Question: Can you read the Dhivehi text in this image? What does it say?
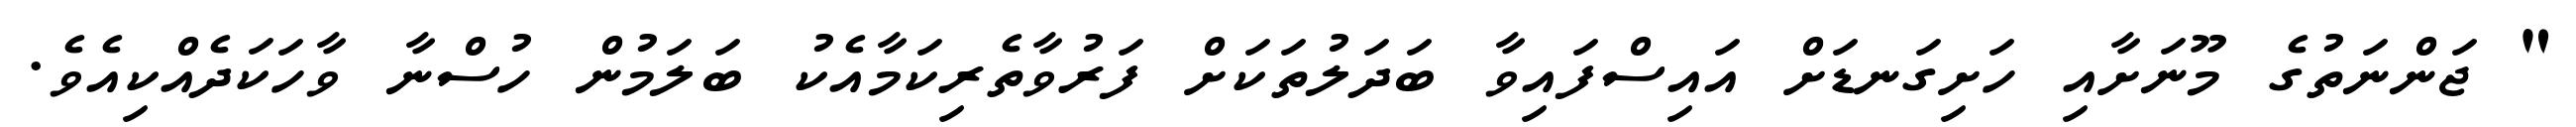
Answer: " ޖަންނަތުގެ މޫނަށާއި ހަށިގަނޑަށް އައިސްފައިވާ ބަދަލުތަކަށް ފަރުވާތެރިކަމާއެކު ބަލަމުން ހުސްނާ ވާހަކަދެއްކިއެވެ.